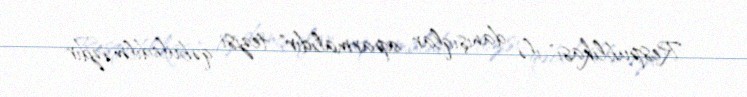
Respublikası" ilə danışıqlar aparmalıdır" tezisi qəbuledilməzdir.